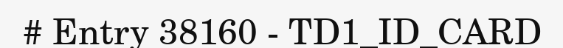
# Entry 38160 - TD1_ID_CARD